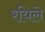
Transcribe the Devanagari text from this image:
रयिले